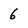
Character: 6